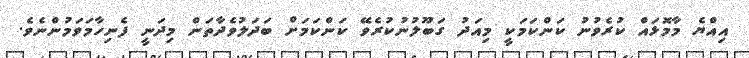
އިއްޔެ މާމޮޅައް ކުރެވުނު ކަންކަމަކީ މިއަދު ގަބޫލުނުކުރެވޭ ކަންކަމަށް ބަދަލުވެދާތަން މިދަނީ ފެނިހާމަވަމުންނެވެ.